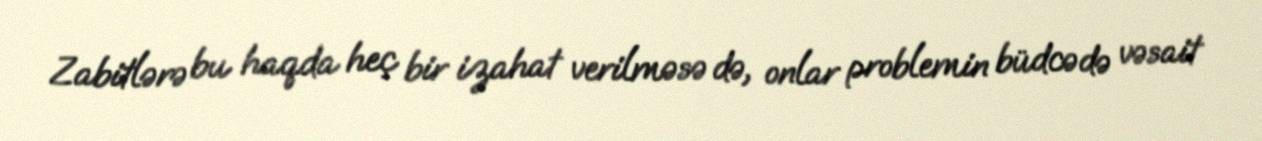
Zabitlərə bu haqda heç bir izahat verilməsə də, onlar problemin büdcədə vəsait